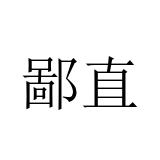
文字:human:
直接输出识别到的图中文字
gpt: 鄙直